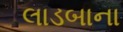
લાડબાના